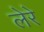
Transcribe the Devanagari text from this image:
लेरे